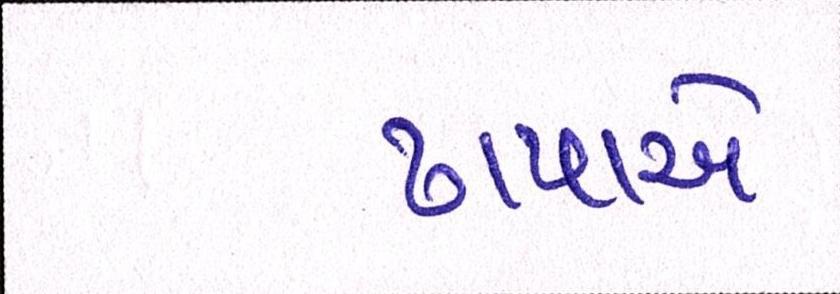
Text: ઢાપાએ